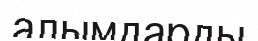
алымдарды